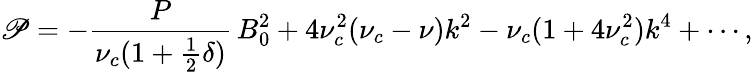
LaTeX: \mathscr{P}=-\frac{{P}}{{\nu_{c}(1+\frac{{1}}{{2}}\delta)}}\, B_{0}^{2}+4\nu_{c}^{2}(\nu_{c}-\nu)k^{2}-\nu_{c}(1+4\nu_{c}^{2})k^{4}+\cdots,